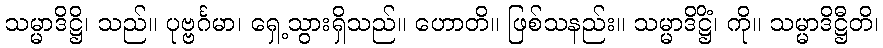
သမ္မာဒိဋ္ဌိ၊ သည်။ ပုဗ္ဗင်္ဂမာ၊ ရှေ့သွားရှိသည်။ ဟောတိ။ ဖြစ်သနည်း။ သမ္မာဒိဋ္ဌိံ၊ ကို။ သမ္မာဒိဋ္ဌီတိ၊